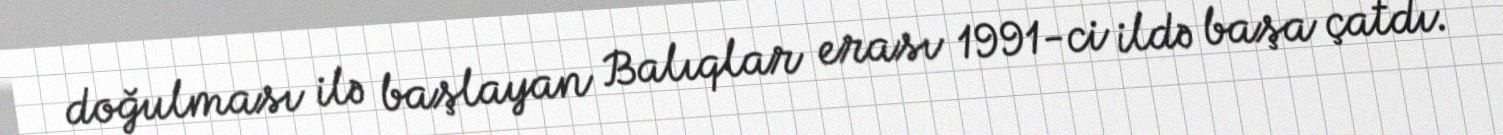
doğulması ilə başlayan Balıqlar erası 1991-ci ildə başa çatdı.